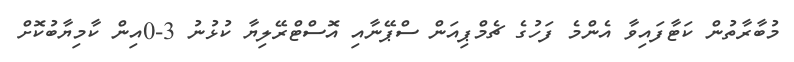
މުބާރާތުން ކަޓާފައިވާ އެންމެ ފަހުގެ ޗެމްޕިއަން ސްޕޭނާއި އޮސްޓްރޭލިޔާ ކުޅުނު 3-0އިން ކާމިޔާބުކޮށް